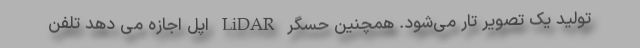
تولید یک تصویر تار می‌شود. همچنین حسگر LiDAR اپل اجازه می دهد تلفن